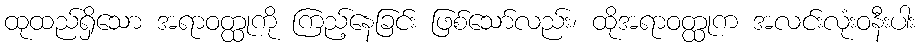
ထုထည်ရှိသော အရာဝတ္ထုကို ကြည့်နေခြင်း ဖြစ်သော်လည်း၊ ထိုအရာဝတ္ထုက အလင်းလုံးဝနီးပါး